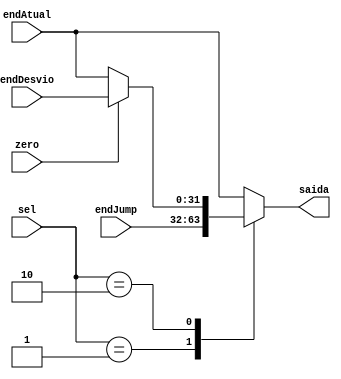
module seletor(sel, zero, endAtual, endJump, endDesvio, saida);

input [2:0] sel;
input zero;
input [31:0] endAtual, endJump, endDesvio;

output reg [31:0] saida;

always @(*) begin
	case(sel)
		2'b00:
		begin
			saida = endAtual; //normal, no faz "nada"
		end
		
		2'b01: //jump  tomado
		begin
			saida = endJump;
		end
		
		2'b10:
		begin
			if(zero == 1) //branch  tomado
			begin
				saida = endDesvio;
			end
			
			else
			begin
				saida = endAtual;
			end
		end
		
		default: begin saida = endAtual; end
		
	endcase
end

endmodule